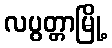
လပွတ္တာမြို့